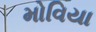
મોવિયા